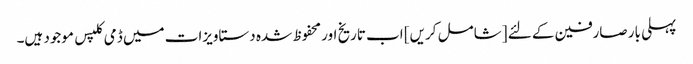
پہلی بار صارفین کے لئے [شامل کریں] اب تاریخ اور محفوظ شدہ دستاویزات میں ڈمی کلپس موجود ہیں۔